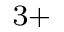
^ { 3 + }